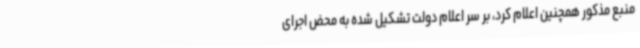
منبع مذکور همچنین اعلام کرد، بر سر اعلام دولت تشکیل شده به محض اجرای